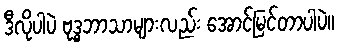
ဒီလိုပါပဲ ဗုဒ္ဓဘာသာများလည်း အောင်မြင်တာပါပဲ။